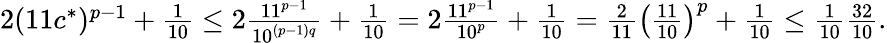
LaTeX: \begin{array}{r}{2(11c^{*})^{p-1}+\frac{1}{10}\le 2\frac{11^{p-1}}{10^{(p-1)q}}+\frac{1}{10}=2\frac{11^{p-1}}{10^{p}}+\frac{1}{10}=\frac{2}{11}\left(\frac{11}{10}\right)^{p}+\frac{1}{10}\le\frac{1}{10}\frac{32}{10}.}\end{array}